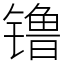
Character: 镥